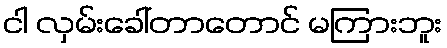
ငါ လှမ်းခေါ်တာတောင် မကြားဘူး